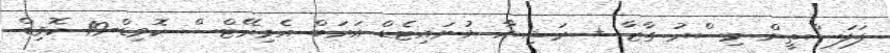
ފަލަސްތީން މިސްރު ގާޒާ + ރަޝިޔާ ޔުނައިޓެޑް އަރަބް އެމިރޭޓްސް ކޮވިޑް-19 ކޮވިޑް